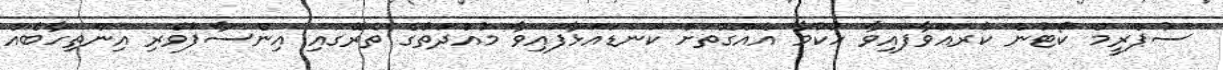
ސުޕްރީމް ކޯޓުން ކުރައްވާފައިވާ ހުކުމާ އެއްގޮތަށް ކަނޑައަޅާފައިވާ މުއްދަތުގެ ތެރޭގައި އިންސާފުވެރި އިންތިހާބެއް